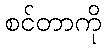
စင်တာကို